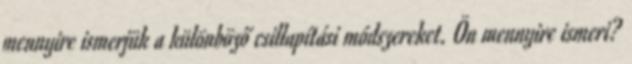
mennyire ismerjük a különböző csillapítási módszereket. Ön mennyire ismeri?